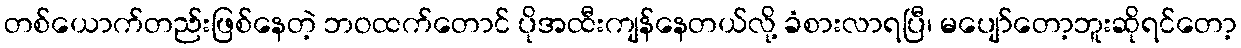
တစ်ယောက်တည်းဖြစ်နေတဲ့ ဘဝထက်တောင် ပိုအထီးကျန်နေတယ်လို့ ခံစားလာရပြီ၊ မပျော်တော့ဘူးဆိုရင်တော့